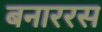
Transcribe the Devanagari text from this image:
बनाररस